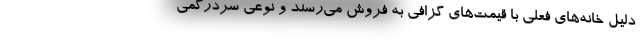
دلیل خانه‌های فعلی با قیمت‌های گزافی به فروش می‌رسند و نوعی سردرگمی